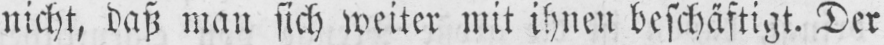
nicht, daß man sich weiter mit ihnen beschäftigt. Der